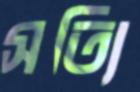
সত্যি